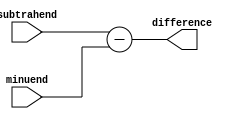
`timescale 1ns / 1ps

module Subtracter_32( subtrahend, minuend, difference );
	input [31:0] subtrahend, minuend;
	output [31:0] difference;
	
	assign difference = subtrahend - minuend;

endmodule